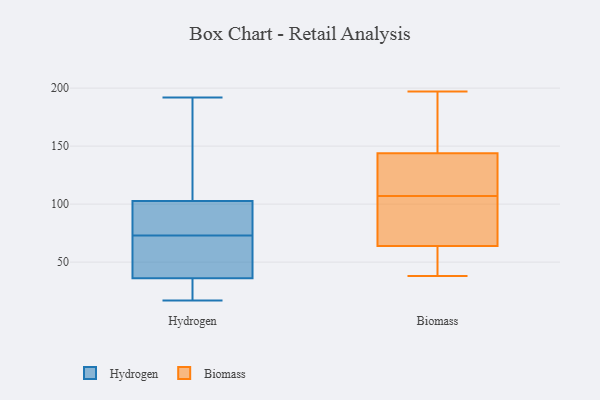
{"axis": {"x": "Energy Usage (MWh)", "y": "Value"}, "legend": ["Biomass", "Hydrogen"], "data": [{"x": "", "y": 89, "type": "Hydrogen"}, {"x": "", "y": 74, "type": "Hydrogen"}, {"x": "", "y": 73, "type": "Hydrogen"}, {"x": "", "y": 27, "type": "Hydrogen"}, {"x": "", "y": 145, "type": "Hydrogen"}, {"x": "", "y": 82, "type": "Hydrogen"}, {"x": "", "y": 17, "type": "Hydrogen"}, {"x": "", "y": 18, "type": "Hydrogen"}, {"x": "", "y": 42, "type": "Hydrogen"}, {"x": "", "y": 192, "type": "Hydrogen"}, {"x": "", "y": 39, "type": "Hydrogen"}, {"x": "", "y": 144, "type": "Hydrogen"}, {"x": "", "y": 53, "type": "Hydrogen"}, {"x": "", "y": 39, "type": "Biomass"}, {"x": "", "y": 107, "type": "Biomass"}, {"x": "", "y": 146, "type": "Biomass"}, {"x": "", "y": 178, "type": "Biomass"}, {"x": "", "y": 95, "type": "Biomass"}, {"x": "", "y": 52, "type": "Biomass"}, {"x": "", "y": 55, "type": "Biomass"}, {"x": "", "y": 139, "type": "Biomass"}, {"x": "", "y": 38, "type": "Biomass"}, {"x": "", "y": 136, "type": "Biomass"}, {"x": "", "y": 79, "type": "Biomass"}, {"x": "", "y": 86, "type": "Biomass"}, {"x": "", "y": 174, "type": "Biomass"}, {"x": "", "y": 67, "type": "Biomass"}, {"x": "", "y": 197, "type": "Biomass"}, {"x": "", "y": 143, "type": "Biomass"}, {"x": "", "y": 108, "type": "Biomass"}]}